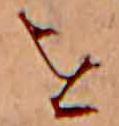
を